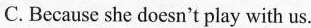
C. Because she doesn't play with us.